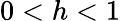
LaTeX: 0<h<1